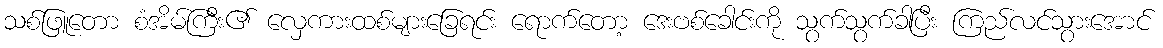
သစ်ဖြူတော စံအိမ်ကြီး၏ လှေကားထစ်များခြေရင်း ရောက်တော့ ဒေးဗစ်ခေါင်းကို သွက်သွက်ခါပြီး ကြည်လင်သွားအောင်